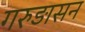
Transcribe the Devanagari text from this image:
गरुड़ासन